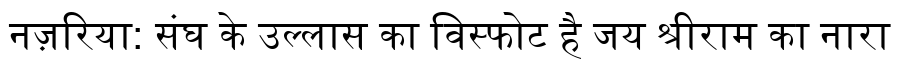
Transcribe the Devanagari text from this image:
नज़रिया: संघ के उल्लास का विस्फोट है जय श्रीराम का नारा